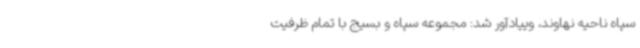
سپاه ناحیه نهاوند، وییادآور شد: مجموعه سپاه و بسیج با تمام ظرفیت